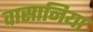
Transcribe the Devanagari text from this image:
वासानिया